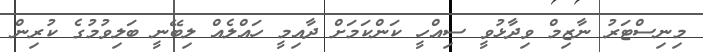
މިނިސްޓަރު ނާޒިމް ވިދާޅުވީ ސިއްހީ ކަންކަމަށް ދާއިމީ ހައްލެއް ލިބޭނީ ބަލިވުމުގެ ކުރިން